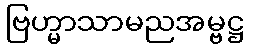
ဗြဟ္မာသာမညအမ္ဗဋ္ဌ